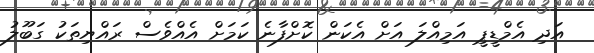
އަދި އެމްޑީޕީ އަމިއްލަ އަށް އެކަން ކޮށްފާނެ ކަމަށް އެއްވެސް ރައްޔިތަކު ގަބޫލު